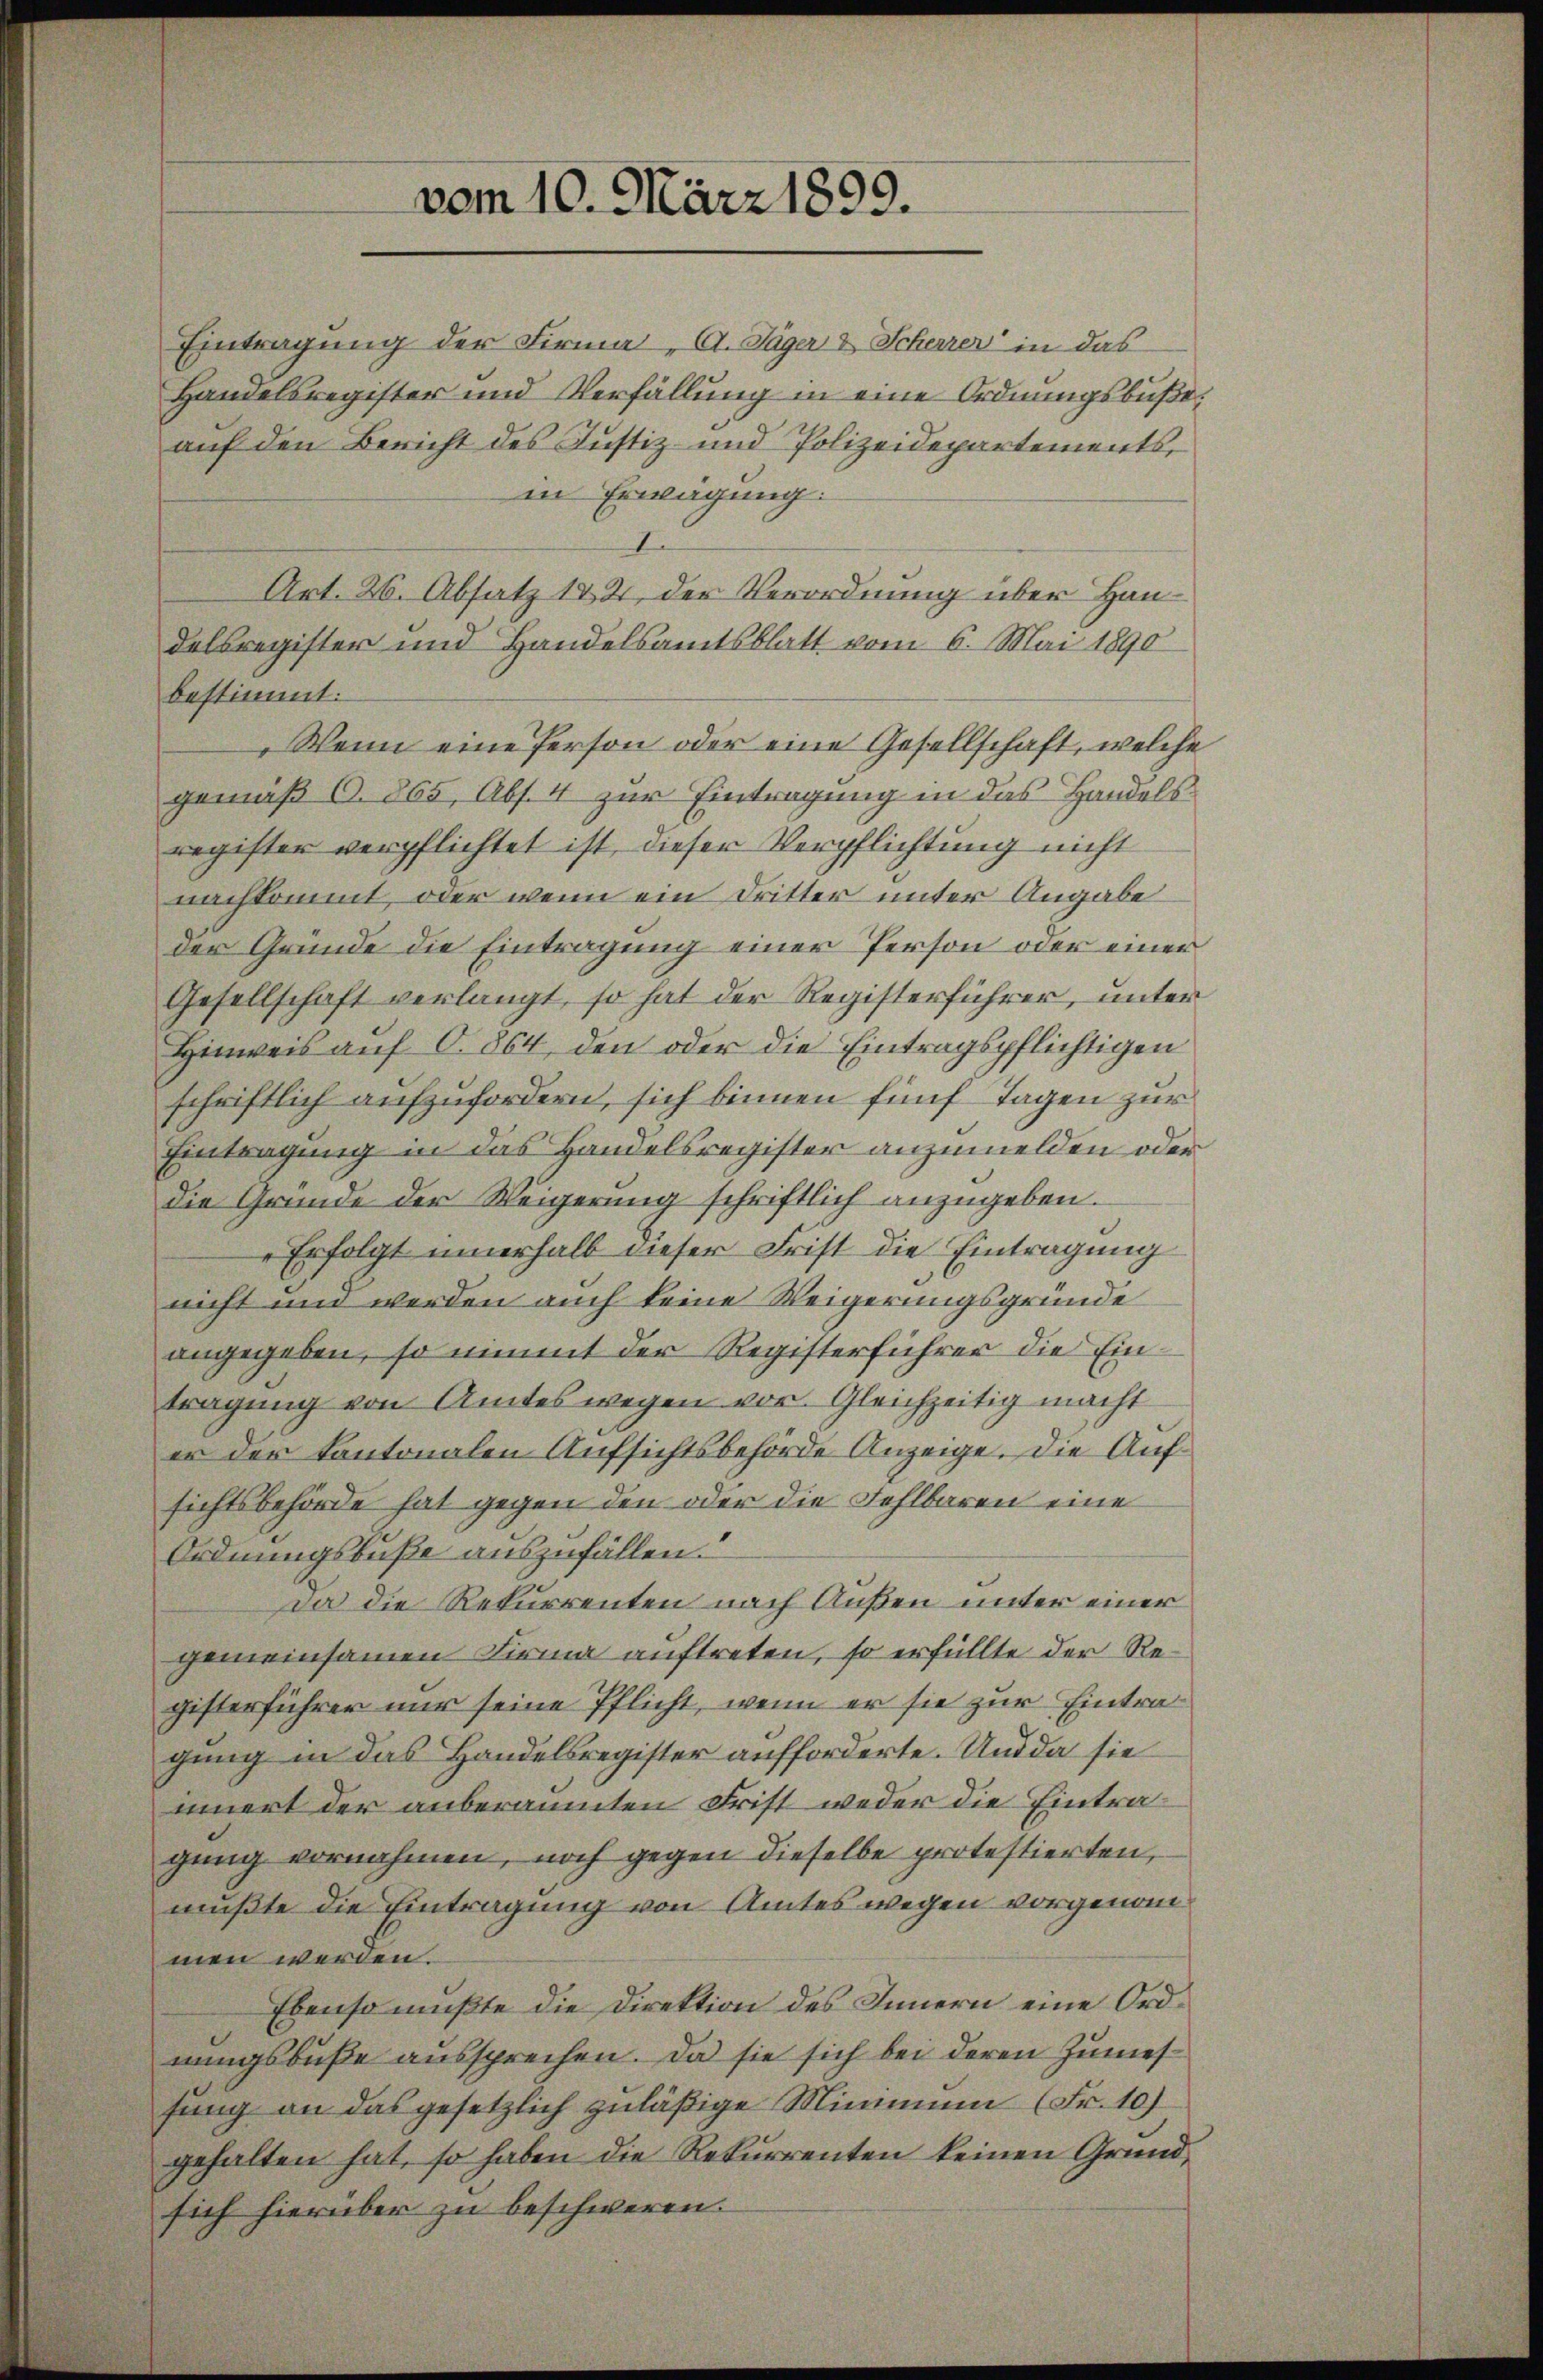
vom 10. März 1899.

Eintragung der Firma, A. Jäger & Scheurer in das
Handelsregister und Verfüllung in eine Ordnungsbuße.
auf den Bericht des Justiz- und Polizeidepartements,
in Erwägung.
I
Art. 26. Absatz 182, der Verordnung über Handelsregister und Handelsamtsblatt vom 6. Mai 1890
bestimmt:
Wenn eine Person oder eine Gesellschaft, welche
gemäß O. 865, Abs. 4 zur Eintragung in das Handelsregister verpflichtet ist, dieser Verpflichtung nicht
nachkommt, oder wenn ein Dritter unter Angabe
der Gründe die Eintragung einer Person oder einer
Gesellschaft verlangt, so hat der Registerführer, unter
Hinweis auf O. 864, den oder die Eintragspflichtigen
schriftlich aufzufordern, sich binnen fünf Tagen zur
Eintragung in das Handelsregister anzumelden oder
die Gründe der Weigerung schriftlich anzugeben.
Erfolgt innerhalb dieser Frist die Eintragung
nicht und werden auch keine Weigerungsgründe
angegeben, so nimmt der Registerführer die Eintragung von Amtes wegen vor. Gleichzeitig macht
er der Kantonalen Aufsichtsbehörde Anzeige. Die Aufsichtsbehörde hat gegen den oder die Fehlbaren eine
Ordnungsbuße auszufällen.
da die Rekurrenten nach Außen unter einer
gemeinsamen Firma auftreten, so erfüllte der Registerführer nur seine Pflicht, wenn er sie zur Eintragung in das Handelsregister aufforderte. Und da sie
innert der anberaumten Frist weder die Eintragung vornahmen, noch gegen dieselbe protestierten,
mußte die Eintragung von Amtes wegen vorgenommen werden.
Ebenso mußte die Direktion des Innern eine Ordnungsbuße aussprechen. Da sie sich bei deren Zumeshung an das gesetzlich zuläßige Minimum (Fr. 10)
gehalten hat, so haben die Rekurrenten keinen Grund-
sich hierüber zu beschweren.